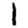
Digit: 1